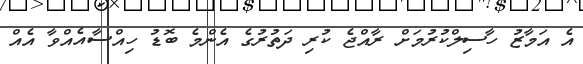
އެ އަމާޒު ހާސިލްކުރުމަށް ރާއްޖެ ކުރި ދަތުރުގެ އެންމެ ބޮޑު ހިއްސާއެއްވާ އެއް